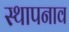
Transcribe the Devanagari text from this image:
स्थापनाव